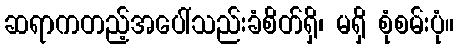
ဆရာကတည့်အပေါ်သည်းခံစိတ်ရှိ၊ မရှိ စုံစမ်းပုံ။